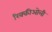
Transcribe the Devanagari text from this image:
रिक्कीओली